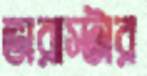
ভারাস্টার